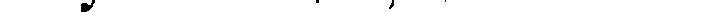
, . ,